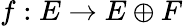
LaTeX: f:E\to E\oplus F